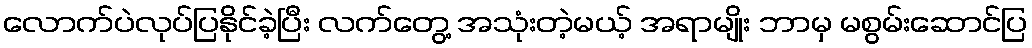
လောက်ပဲလုပ်ပြနိုင်ခဲ့ပြီး လက်တွေ့ အသုံးတဲ့မယ့် အရာမျိုး ဘာမှ မစွမ်းဆောင်ပြ